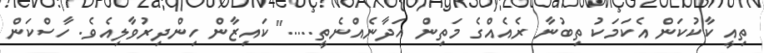
ތިއީ ކާކުކަން އެކަމަކު ތިބުނާ ރެއެއްގެ މަތިން ހަދާނެއްނެތީ....." ކައިޒާން ހިންދިރުވާލިއެވެ. ހާސްކަން